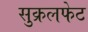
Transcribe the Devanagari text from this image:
सुक्रलफेट